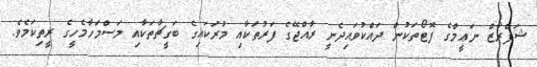
ޝަފްރާޒް ނަޢީމްގެ ފޮޓޯތަކުން ދައްކުވައިދެނީ ރާއްޖޭގެ ފަރުތަކާއި މުރަކައިގެ ބަގީޗާތަކާއި މަސްމަހާމެހީގެ ރީތިކަމެވެ.